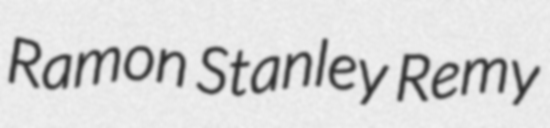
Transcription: Ramon Stanley Remy